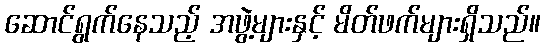
ဆောင်ရွက်နေသည့် အဖွဲ့များနှင့် မိတ်ဖက်များရှိသည်။